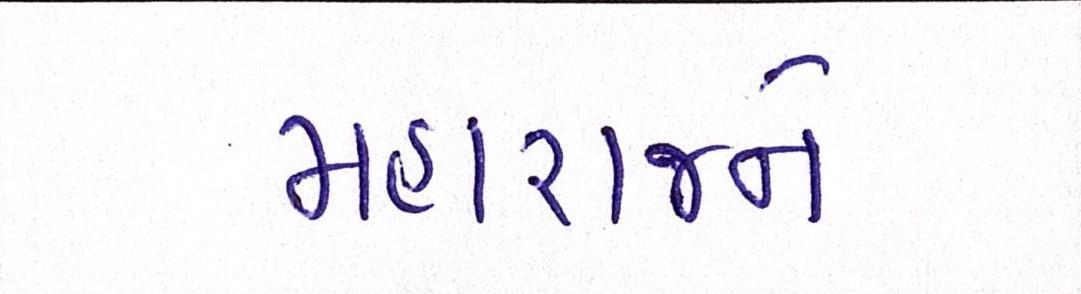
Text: મહારાજને